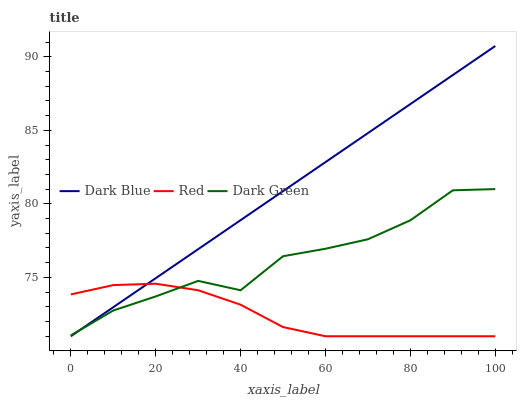
| xaxis_label | Dark Blue | Red | Dark Green |
 | --- | --- | --- | --- |
 | 0 | 71 | 73.8 | 71.1 |
 | 10 | 73 | 74.5 | 72.7 |
 | 20 | 74.9 | 74.6 | 73.7 |
 | 30 | 76.9 | 74.1 | 74.8 |
 | 40 | 78.9 | 73.1 | 74.1 |
 | 50 | 80.9 | 71.6 | 76.4 |
 | 60 | 82.8 | 71 | 76.9 |
 | 70 | 84.8 | 71 | 77.6 |
 | 80 | 86.8 | 71 | 78.9 |
 | 90 | 88.8 | 71 | 80.9 |
 | 100 | 90.7 | 71 | 81 |